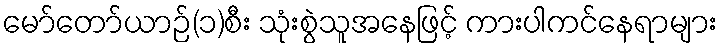
မော်တော်ယာဉ်(၁)စီး သုံးစွဲသူအနေဖြင့် ကားပါကင်နေရာများ